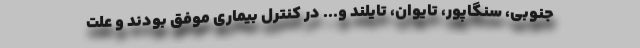
جنوبی، سنگاپور، تایوان، تایلند و... در کنترل بیماری موفق بودند و علت